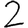
Digit: 2